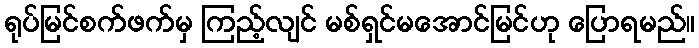
ရုပ်မြင်စက်ဖက်မှ ကြည့်လျင် မစ်ရှင်မအောင်မြင်ဟု ပြောရမည်။